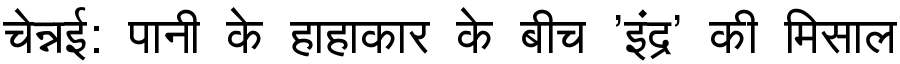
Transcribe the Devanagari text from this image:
चेन्नई: पानी के हाहाकार के बीच 'इंद्र' की मिसाल